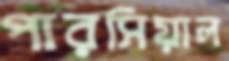
পারসিয়াল